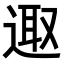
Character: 𨓭